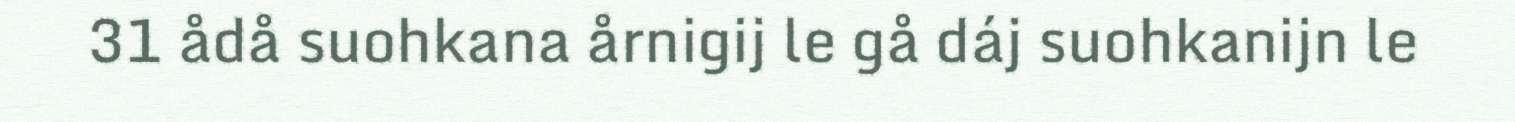
31 ådå suohkana årnigij le gå dáj suohkanijn le